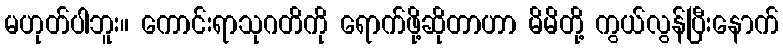
မဟုတ်ပါဘူး။ ကောင်းရာသုဂတိကို ရောက်ဖို့ဆိုတာဟာ မိမိတို့ ကွယ်လွန်ပြီးနောက်